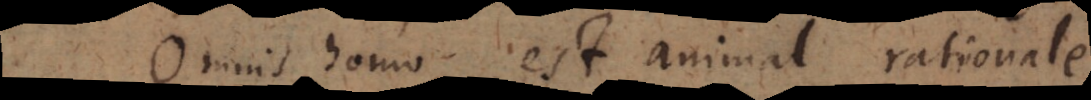
Omnis homo est animal rationale